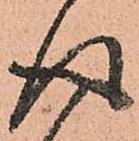
得